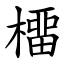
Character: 橊